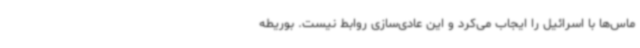
ماس‌ها با اسرائیل را ایجاب می‌کرد و این عادی‌سازی روابط نیست. بوریطه